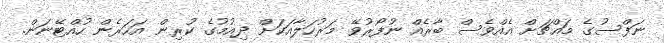
ނަފްސުގެ މައްޗަށް އެއްވެސް ބާރެއް ނުފޯރުވޭ މަރުހަލާއަކަށް ދިއުމުގެ ކުރިން އަހަރެން ހުއްޓޭނަން.